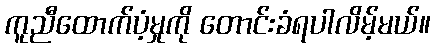
ကူညီထောက်ပံ့မှုကို တောင်းခံရပါလိမ့်မယ်။